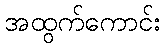
အထွက်ကောင်း